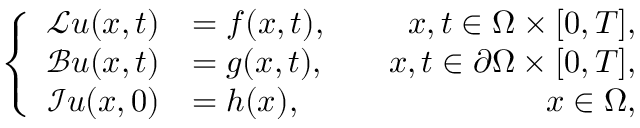
\left\{ \begin{array} { r l r } { \mathcal { L } \boldsymbol { u } ( \boldsymbol { x } , t ) } & { = \boldsymbol { f } ( \boldsymbol { x } , t ) , } & { \quad \boldsymbol { x } , t \in \Omega \times [ 0 , T ] , } \\ { \mathcal { B } \boldsymbol { u } ( \boldsymbol { x } , t ) } & { = \boldsymbol { g } ( \boldsymbol { x } , t ) , } & { \quad \boldsymbol { x } , t \in \partial \Omega \times [ 0 , T ] , } \\ { \mathcal { I } \boldsymbol { u } ( \boldsymbol { x } , 0 ) } & { = \boldsymbol { h } ( \boldsymbol { x } ) , } & { \quad \boldsymbol { x } \in \Omega , } \end{array} \right.